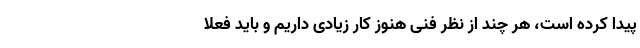
پیدا کرده است، هر چند از نظر فنی هنوز کار زیادی داریم و باید فعلا